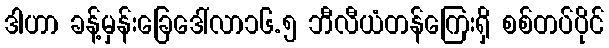
ဒါဟာ ခန့်မှန်းခြေဒေါ်လာ၁၆.၅ ဘီလီယံတန်ကြေးရှိ စစ်တပ်ပိုင်